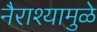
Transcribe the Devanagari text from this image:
नैराश्यामुळे